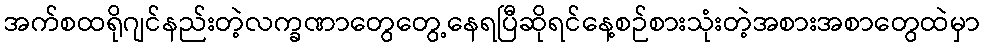
အက်စထရိုဂျင်နည်းတဲ့လက္ခဏာတွေတွေ့နေရပြီဆိုရင်နေ့စဉ်စားသုံးတဲ့အစားအစာတွေထဲမှာ